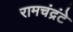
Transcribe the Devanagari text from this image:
रामचंद्रंटे